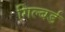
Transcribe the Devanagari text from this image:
गिल्बर्ड